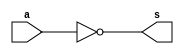
// -------------------------
// Exemplo0033 - 
// Nome: Andre Henriques Fernandes
// -------------------------
// -------------------------
// -------------------------

module notgate(output [1:0] s, input [1:0]a);

	assign s = ~a;

endmodule

module andgate(output [1:0] s,
                    input  [1:0] a,
                    input  [1:0] b);
	assign s = a & b;
endmodule //andgate

module orgate(output [1:0] s,
                    input  [1:0] a,
                    input  [1:0] b);
	assign s = a | b;
endmodule //orgate

module xorgate(output [1:0] s,
                    input  [1:0] a,
                    input  [1:0] b);
	assign s = a^b;

endmodule //xorgate

module test_f4;
// ------------------------- definir dados
	reg [1:0] x;
	reg [1:0] y;
	reg [1:0] op;
	wire [1:0] s1;
	wire [1:0] s2;
	wire [1:0] s0;
	wire [1:0] s;
	
	//Circuito simplificado do Exemplo0033(a).circ pela algebra de Boole
	orgate OR1(s1,x,y);
	andgate AND1(s2,x,y);
	xorgate XOR1(s,op,s1);
	xorgate XOR2(s0,op,s2);
	
// ------------------------- parte principal
   initial begin
      $display("Exemplo0033 - Andre Henriques Fernandes - 427386");
      $display("Test LU's module");
		x = 2'b00;      y = 2'b00;   op = 2'b00;
   	
		// projetar testes do modulo
		
		$monitor("%4b %4b %4b = %4b",op,x,y,s);
		#1 x = 2'b00; y = 2'b00; op = 2'b01;
		#1 x = 2'b00; y = 2'b11; op = 2'b01;
		#1 x = 2'b11; y = 2'b00; op = 2'b01;
		#1 x = 2'b11; y = 2'b11; op = 2'b01;
end
endmodule // test_f4